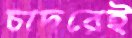
চাদরেই